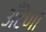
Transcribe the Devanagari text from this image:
अँटेणा